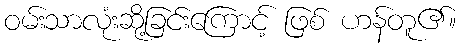
ဝမ်းသာလုံးဆို့ခြင်းကြောင့် ဖြစ် ဟန်တူ၏။